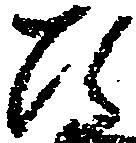
ひ